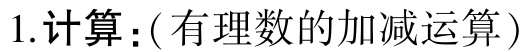
1. 计算：(有理数的加减运算)